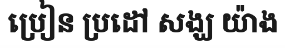
ប្រៀន ប្រដៅ សង្ឃ យ៉ាង